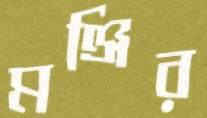
মঞ্জির